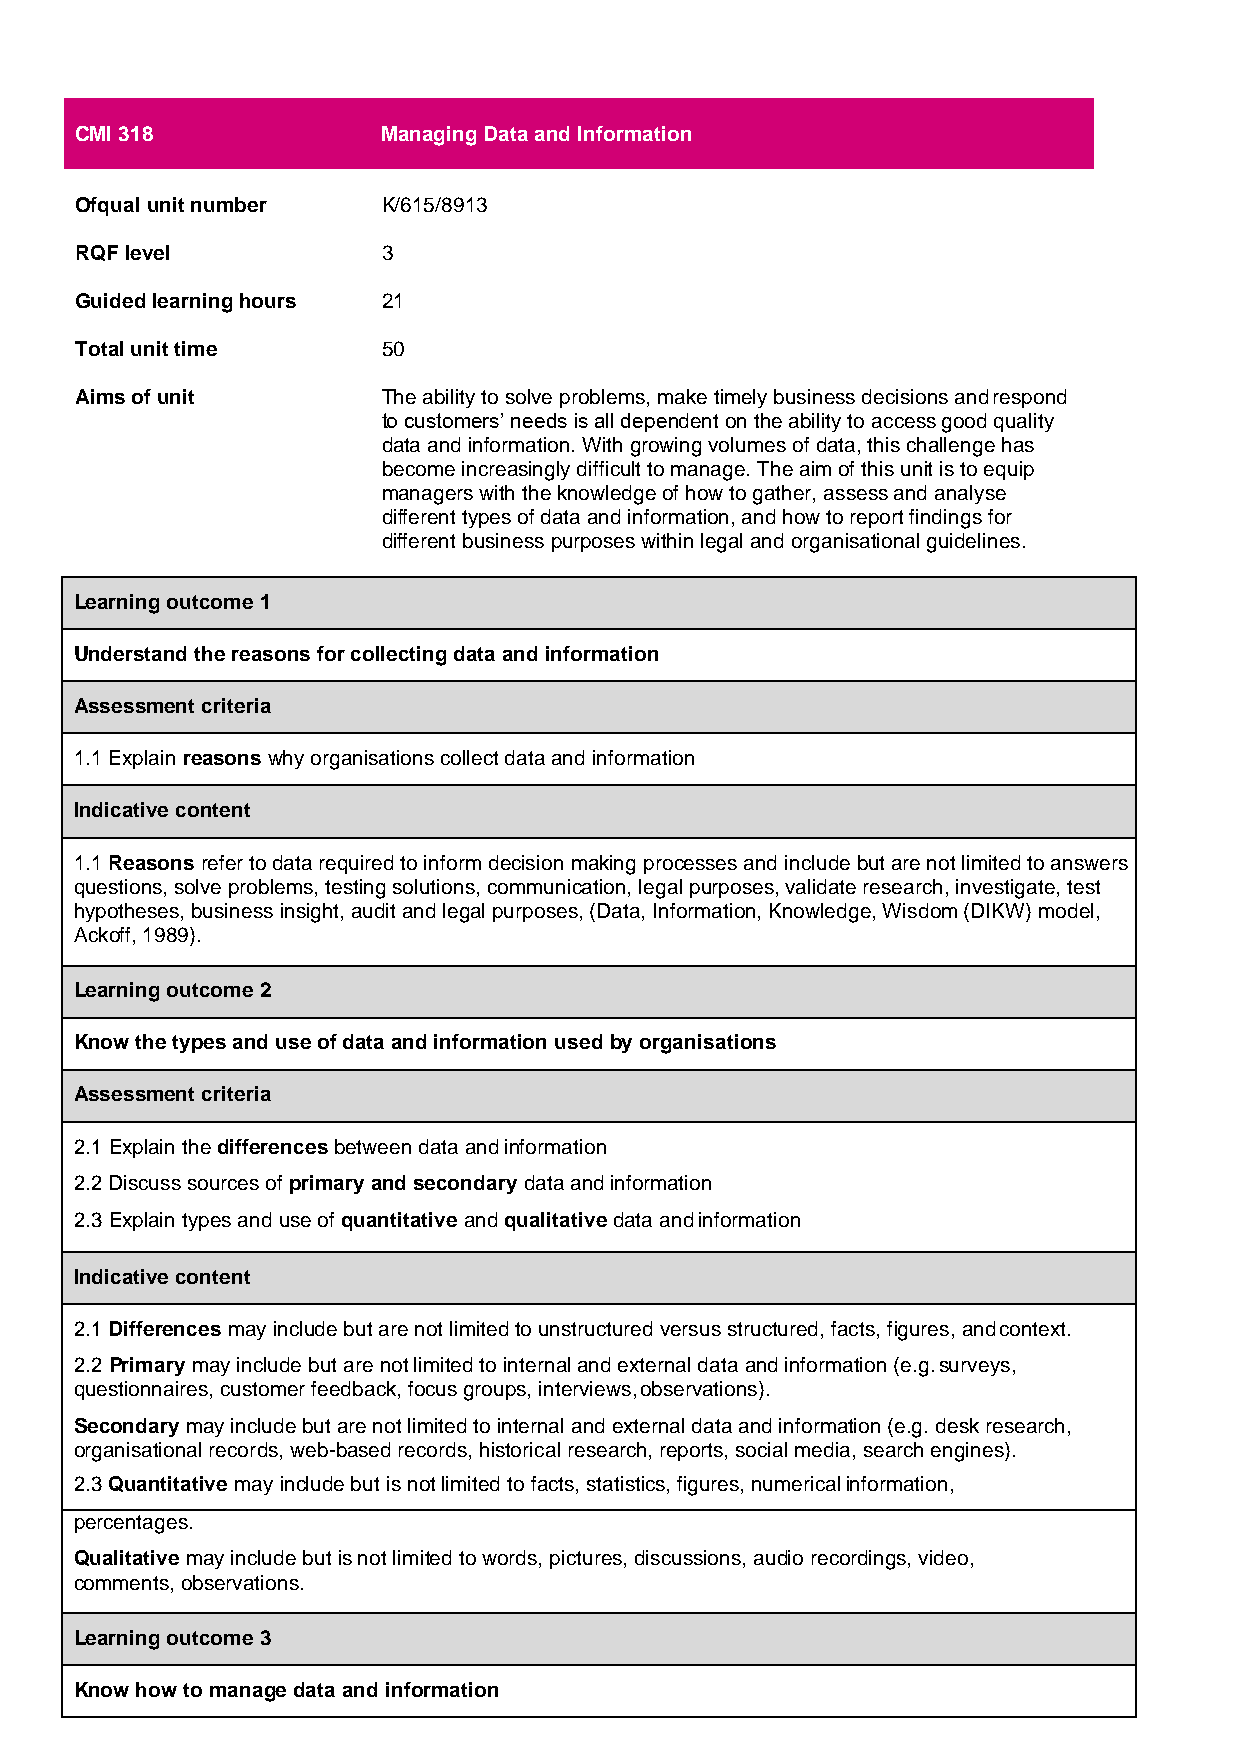
CMI 318             Managing Data and Information
 Ofqual unit number  K/615/8913
 RQF level           3
 Guided learning hours 21
 Total unit time     50
 Aims of unit        The ability to solve problems, make timely business decisions and respond
 to customers’ needs is all dependent on the ability to access good quality
 data and information. With growing volumes of data, this challenge has
 become increasingly difficult to manage. The aim of this unit is to equip
 managers with the knowledge of how to gather, assess and analyse
 different types of data and information, and how to report findings for
 different business purposes within legal and organisational guidelines.
 Learning outcome 1
 Understand the reasons for collecting data and information
 Assessment criteria
 1.1 Explain reasons why organisations collect data and information
 Indicative content
 1.1 Reasons refer to data required to inform decision making processes and include but are not limited to answers
 questions, solve problems, testing solutions, communication, legal purposes, validate research, investigate, test
 hypotheses, business insight, audit and legal purposes, (Data, Information, Knowledge, Wisdom (DIKW) model,
 Ackoff, 1989).
 Learning outcome 2
 Know the types and use of data and information used by organisations
 Assessment criteria
 2.1 Explain the differences between data and information
 2.2 Discuss sources of primary and secondary data and information
 2.3 Explain types and use of quantitative and qualitative data and information
 Indicative content
 2.1 Differences may include but are not limited to unstructured versus structured, facts, figures, and context.
 2.2 Primary may include but are not limited to internal and external data and information (e.g. surveys,
 questionnaires, customer feedback, focus groups, interviews, observations).
 Secondary may include but are not limited to internal and external data and information (e.g. desk research,
 organisational records, web-based records, historical research, reports, social media, search engines).
 2.3 Quantitative may include but is not limited to facts, statistics, figures, numerical information,
 percentages.
 Qualitative may include but is not limited to words, pictures, discussions, audio recordings, video,
 comments, observations.
 Learning outcome 3
 Know how to manage data and information